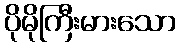
ပိုမိုကြီးမားသော